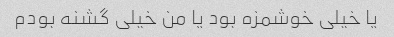
یا خیلی خوشمزه بود یا من خیلی گشنه بودم